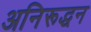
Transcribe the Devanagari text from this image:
अनिरूद्धन